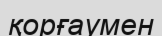
қорғаумен